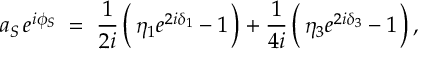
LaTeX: a _ { S } \, e ^ { i \phi _ { S } } \; = \; \frac { 1 } { 2 i } \, \biggl ( \, \eta _ { 1 } e ^ { 2 i \delta _ { 1 } } - 1 \, \biggr ) + \frac { 1 } { 4 i } \, \biggl ( \, \eta _ { 3 } e ^ { 2 i \delta _ { 3 } } - 1 \, \biggr ) \, ,